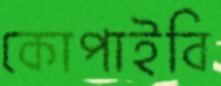
কোপাইবি